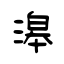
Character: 滜